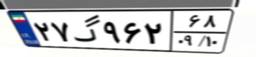
۶۹گ۶۷۷۶۴